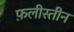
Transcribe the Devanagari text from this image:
फ़लीस्तीन